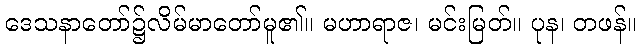
ဒေသနာတော်၌လိမ်မာတော်မူ၏။ မဟာရာဇ၊ မင်းမြတ်။ ပုန၊ တဖန်။